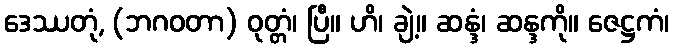
ဒေဿတုံ, (ဘဂဝတာ) ဝုတ္တံ၊ ပြီ။ ဟိ၊ ချဲ့။ ဆန္ဒံ၊ ဆန္ဒကို။ ဇေဋ္ဌကံ၊